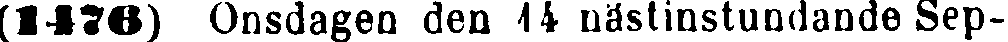
(1476) Onsdagen den 14 nästinstundande Sep-